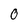
Character: O